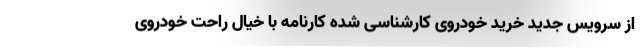
از سرویس جدید خرید خودروی کارشناسی شده کارنامه با خیال راحت خودروی